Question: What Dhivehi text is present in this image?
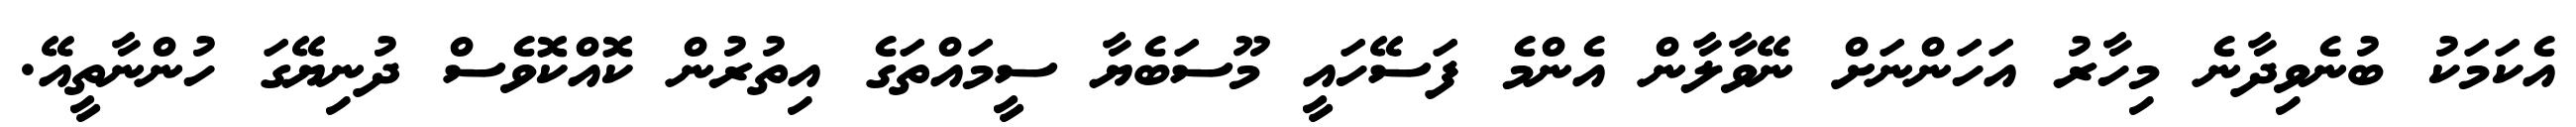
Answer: އެކަމަކު ބުނެވިދާނެ މިހާރު އަހަންނަށް ނޭވާލާން އެންމެ ފަސޭހައީ މޫސަބެޔާ ސީމައްތަގެ އިތުރުން ކޮއްކޮވެސް ދުނިޔޭގަ ހުންނާތީއޭ.